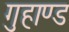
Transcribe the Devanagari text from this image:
गुहाण्ड